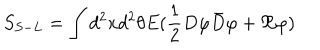
S _ { S - L } = \int d ^ { 2 } x d ^ { 2 } \theta E ( \frac { 1 } { 2 } D \varphi \bar { D } \varphi + \Re \varphi )